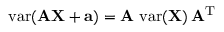
\operatorname { v a r } ( \mathbf { A X } + \mathbf { a } ) = \mathbf { A } \, \operatorname { v a r } ( \mathbf { X } ) \, \mathbf { A } ^ { \mathrm { { T } } }